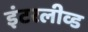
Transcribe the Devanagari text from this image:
इंटरलीव्ड